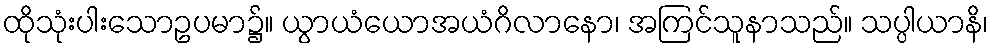
ထိုသုံးပါးသောဥပမာ၌။ ယွာယံယောအယံဂိလာနော၊ အကြင်သူနာသည်။ သပ္ပါယာနိ၊